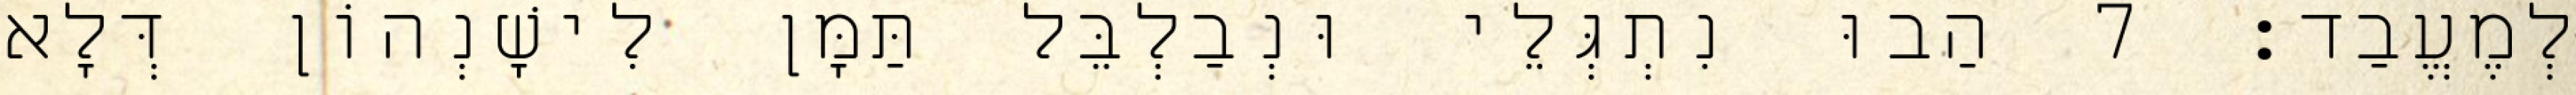
לְמֶעֱבַד׃ 7 הַבוּ נִתְגְּלֵי וּנְבַלְבֵּל תַּמָּן לִישָׁנְהוֹן דְּלָא